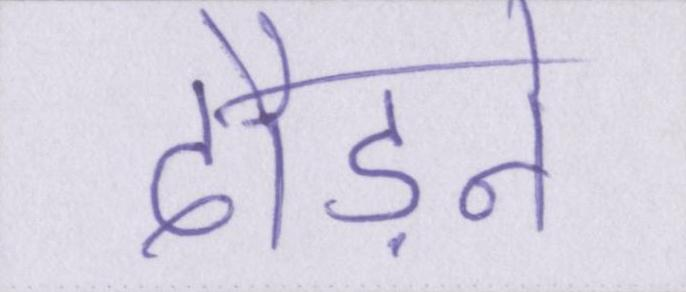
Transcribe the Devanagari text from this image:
दौड़ने